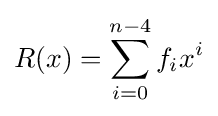
R(x)=\sum _{i=0}^{n-4}f_{i}x^{i}